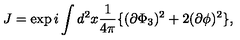
J = \exp i \int d ^ { 2 } x \frac { 1 } { 4 \pi } \{ ( \partial \Phi _ { 3 } ) ^ { 2 } + 2 ( \partial \phi ) ^ { 2 } \} ,